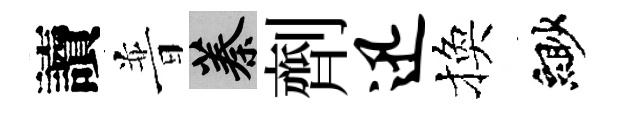
讀普蓁劑迅換緲